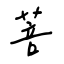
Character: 菩